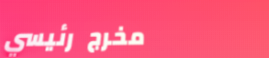
مخرج رئيسي